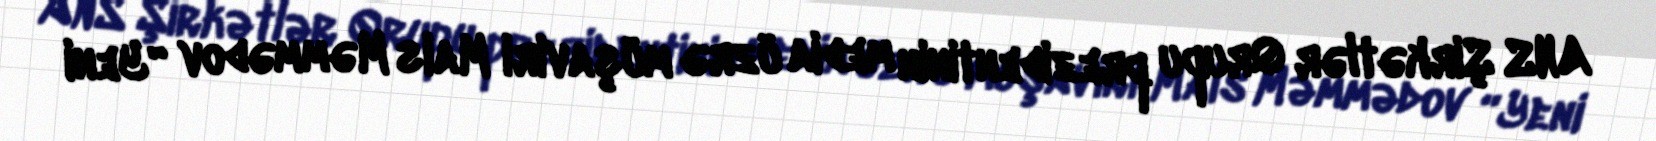
ANS Şirkətlər Qrupu prezidentinin media üzrə müşaviri Mais Məmmədov “Yeni